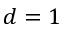
d = 1